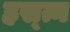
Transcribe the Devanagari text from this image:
हस्त्न